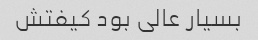
بسیار عالی بود کیفتش